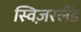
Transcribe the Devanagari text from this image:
स्विज़रलैंड